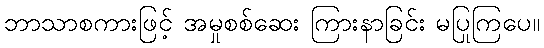
ဘာသာစကားဖြင့် အမှုစစ်ဆေး ကြားနာခြင်း မပြုကြပေ။